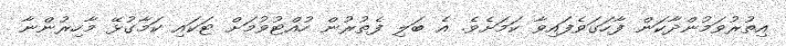
އިތުރުވަމުންދާކަން ފާހަގަވެފައިވާ ކަމަށެވެ. އެ ބަލި ފެތުރުން ހުއްޓުވުމަށް ޓަކައި ކަމާގުޅޭ މާހިރުންނާ